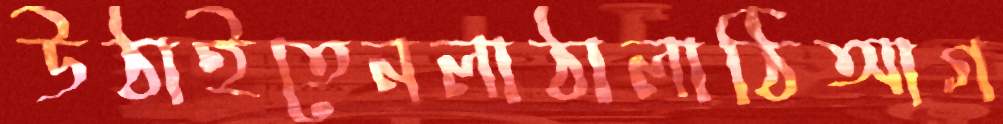
উঠাইতেনলাঠালাঠিআগ